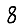
Digit: 8